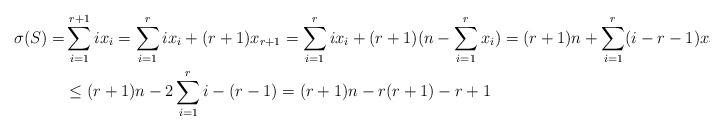
LaTeX: \begin{align*}\sigma(S)=&\sum_{i=1}^{r+1}ix_i=\sum_{i=1}^{r}ix_i+(r+1)x_{r+1}=\sum_{i=1}^{r}ix_i+(r+1)(n-\sum_{i=1}^{r}x_i)=(r+1)n+\sum_{i=1}^{r}(i-r-1)x_i\\&\leq (r+1)n-2\sum_{i=1}^{r}i-(r-1)=(r+1)n-r(r+1)-r+1 \end{align*}